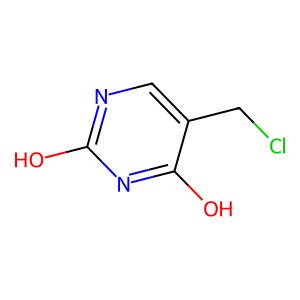
SMILES: Oc1ncc(CCl)c(O)n1
Inhibits HIV replication: No